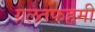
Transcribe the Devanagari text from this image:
ग़लतफहमी